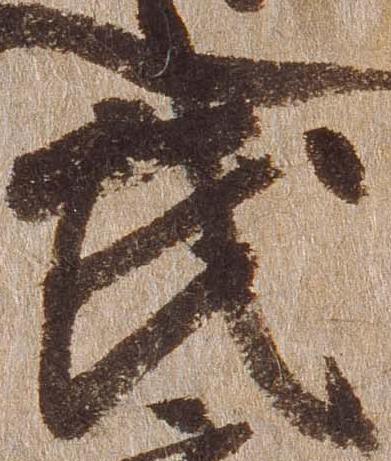
武